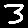
Digit: 3